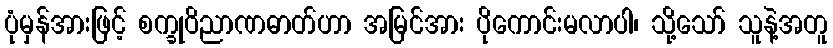
ပုံမှန်အားဖြင့် စက္ခုဝိညာဏဓာတ်ဟာ အမြင်အား ပိုကောင်းမလာပါ၊ သို့သော် သူနဲ့အတူ